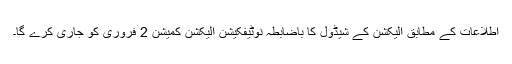
اطلاعات کے مطابق الیکشن کے شیڈول کا باضابطہ نوٹیفکیشن الیکشن کمیشن 2 فروری کو جاری کرے گا۔